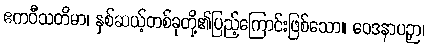
ဧကဝီသတိမာ၊ နှစ်ဆယ့်တစ်ခုတို့၏ပြည့်ကြောင်းဖြစ်သော။ ဝေဒနာပဉှာ၊